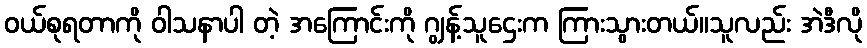
ဝယ်စုရတာကို ဝါသနာပါ တဲ့ အကြောင်းကို ဂျွန့်သူဌေးက ကြားသွားတယ်။သူလည်း အဲဒီလို